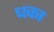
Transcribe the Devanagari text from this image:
धका